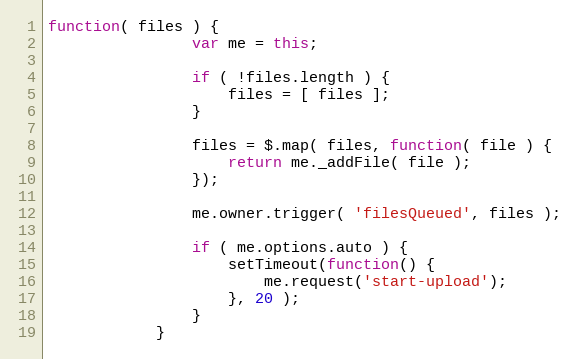
Language: JavaScript
function( files ) {
                var me = this;

                if ( !files.length ) {
                    files = [ files ];
                }

                files = $.map( files, function( file ) {
                    return me._addFile( file );
                });

                me.owner.trigger( 'filesQueued', files );

                if ( me.options.auto ) {
                    setTimeout(function() {
                        me.request('start-upload');
                    }, 20 );
                }
            }